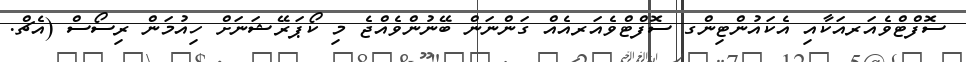
ސޮފްޓްވެއަރއަކާއި އެކައުންޓިންގ ސޮފްޓްވެއަރއެއް ގަންނަން ބޭނުންވެއްޖެ މި ކޯޕަރޭޝަނަށް ހިއުމަން ރިސޯސް (އެޗް.